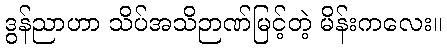
ဒွန်ညာဟာ သိပ်အသိဉာဏ်မြင့်တဲ့ မိန်းကလေး။